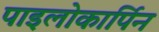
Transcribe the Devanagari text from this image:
पाइलोकार्पिन